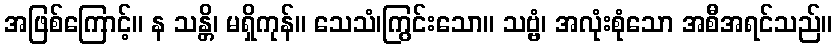
အဖြစ်ကြောင့်။ န သန္တိ၊ မရှိကုန်။ သေသံ၊ကြွင်းသော။ သဗ္ဗံ၊ အလုံးစုံသော အစီအရင်သည်။